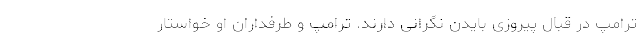
ترامپ در قبال پیروزی بایدن نگرانی دارند. ترامپ و طرفداران او خواستار